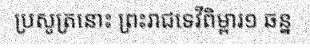
ប្រសូត្រនោះ ព្រះរាជទេវីពិម្ពារ១ ឆន្ន